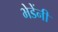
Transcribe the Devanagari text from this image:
भेडेंनी